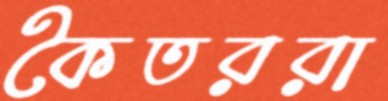
কৈতররা